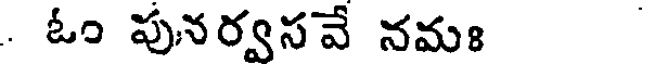
. ఓం పునర్వసవే నమః